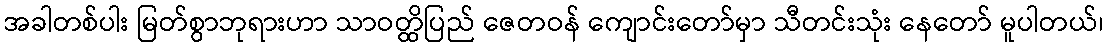
အခါတစ်ပါး မြတ်စွာဘုရားဟာ သာဝတ္ထိပြည် ဇေတဝန် ကျောင်းတော်မှာ သီတင်းသုံး နေတော် မူပါတယ်၊